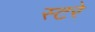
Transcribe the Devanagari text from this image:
स्टरे